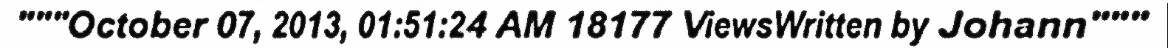
"""October 07, 2013, 01:51:24 AM 18177 ViewsWritten by Johann"""